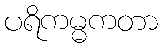
ပရိကမ္မကတာ